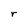
Character: r